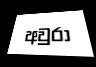
අවුරා